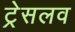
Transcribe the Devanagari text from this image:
ट्रेसलव